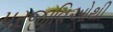
પરજીવિઓથી